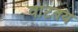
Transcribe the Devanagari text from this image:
वाटतय